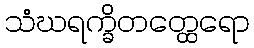
သံဃရက္ခိတတ္ထေရော